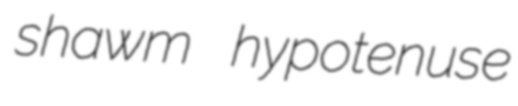
shawm hypotenuse